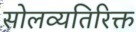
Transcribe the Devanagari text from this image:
सोलव्यतिरिक्त